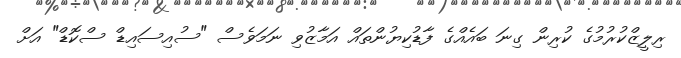
ރިލީޒްކުރުމުގެ ކުރިން ގިނަ ބައެއްގެ ފާޑުކިޔުންތައް އަމާޒުވި ނަމަވެސް "ސުއިސައިޑް ސްކޮޑް" އަށް